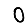
Digit: 0